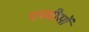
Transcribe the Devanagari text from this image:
पच्चीसों